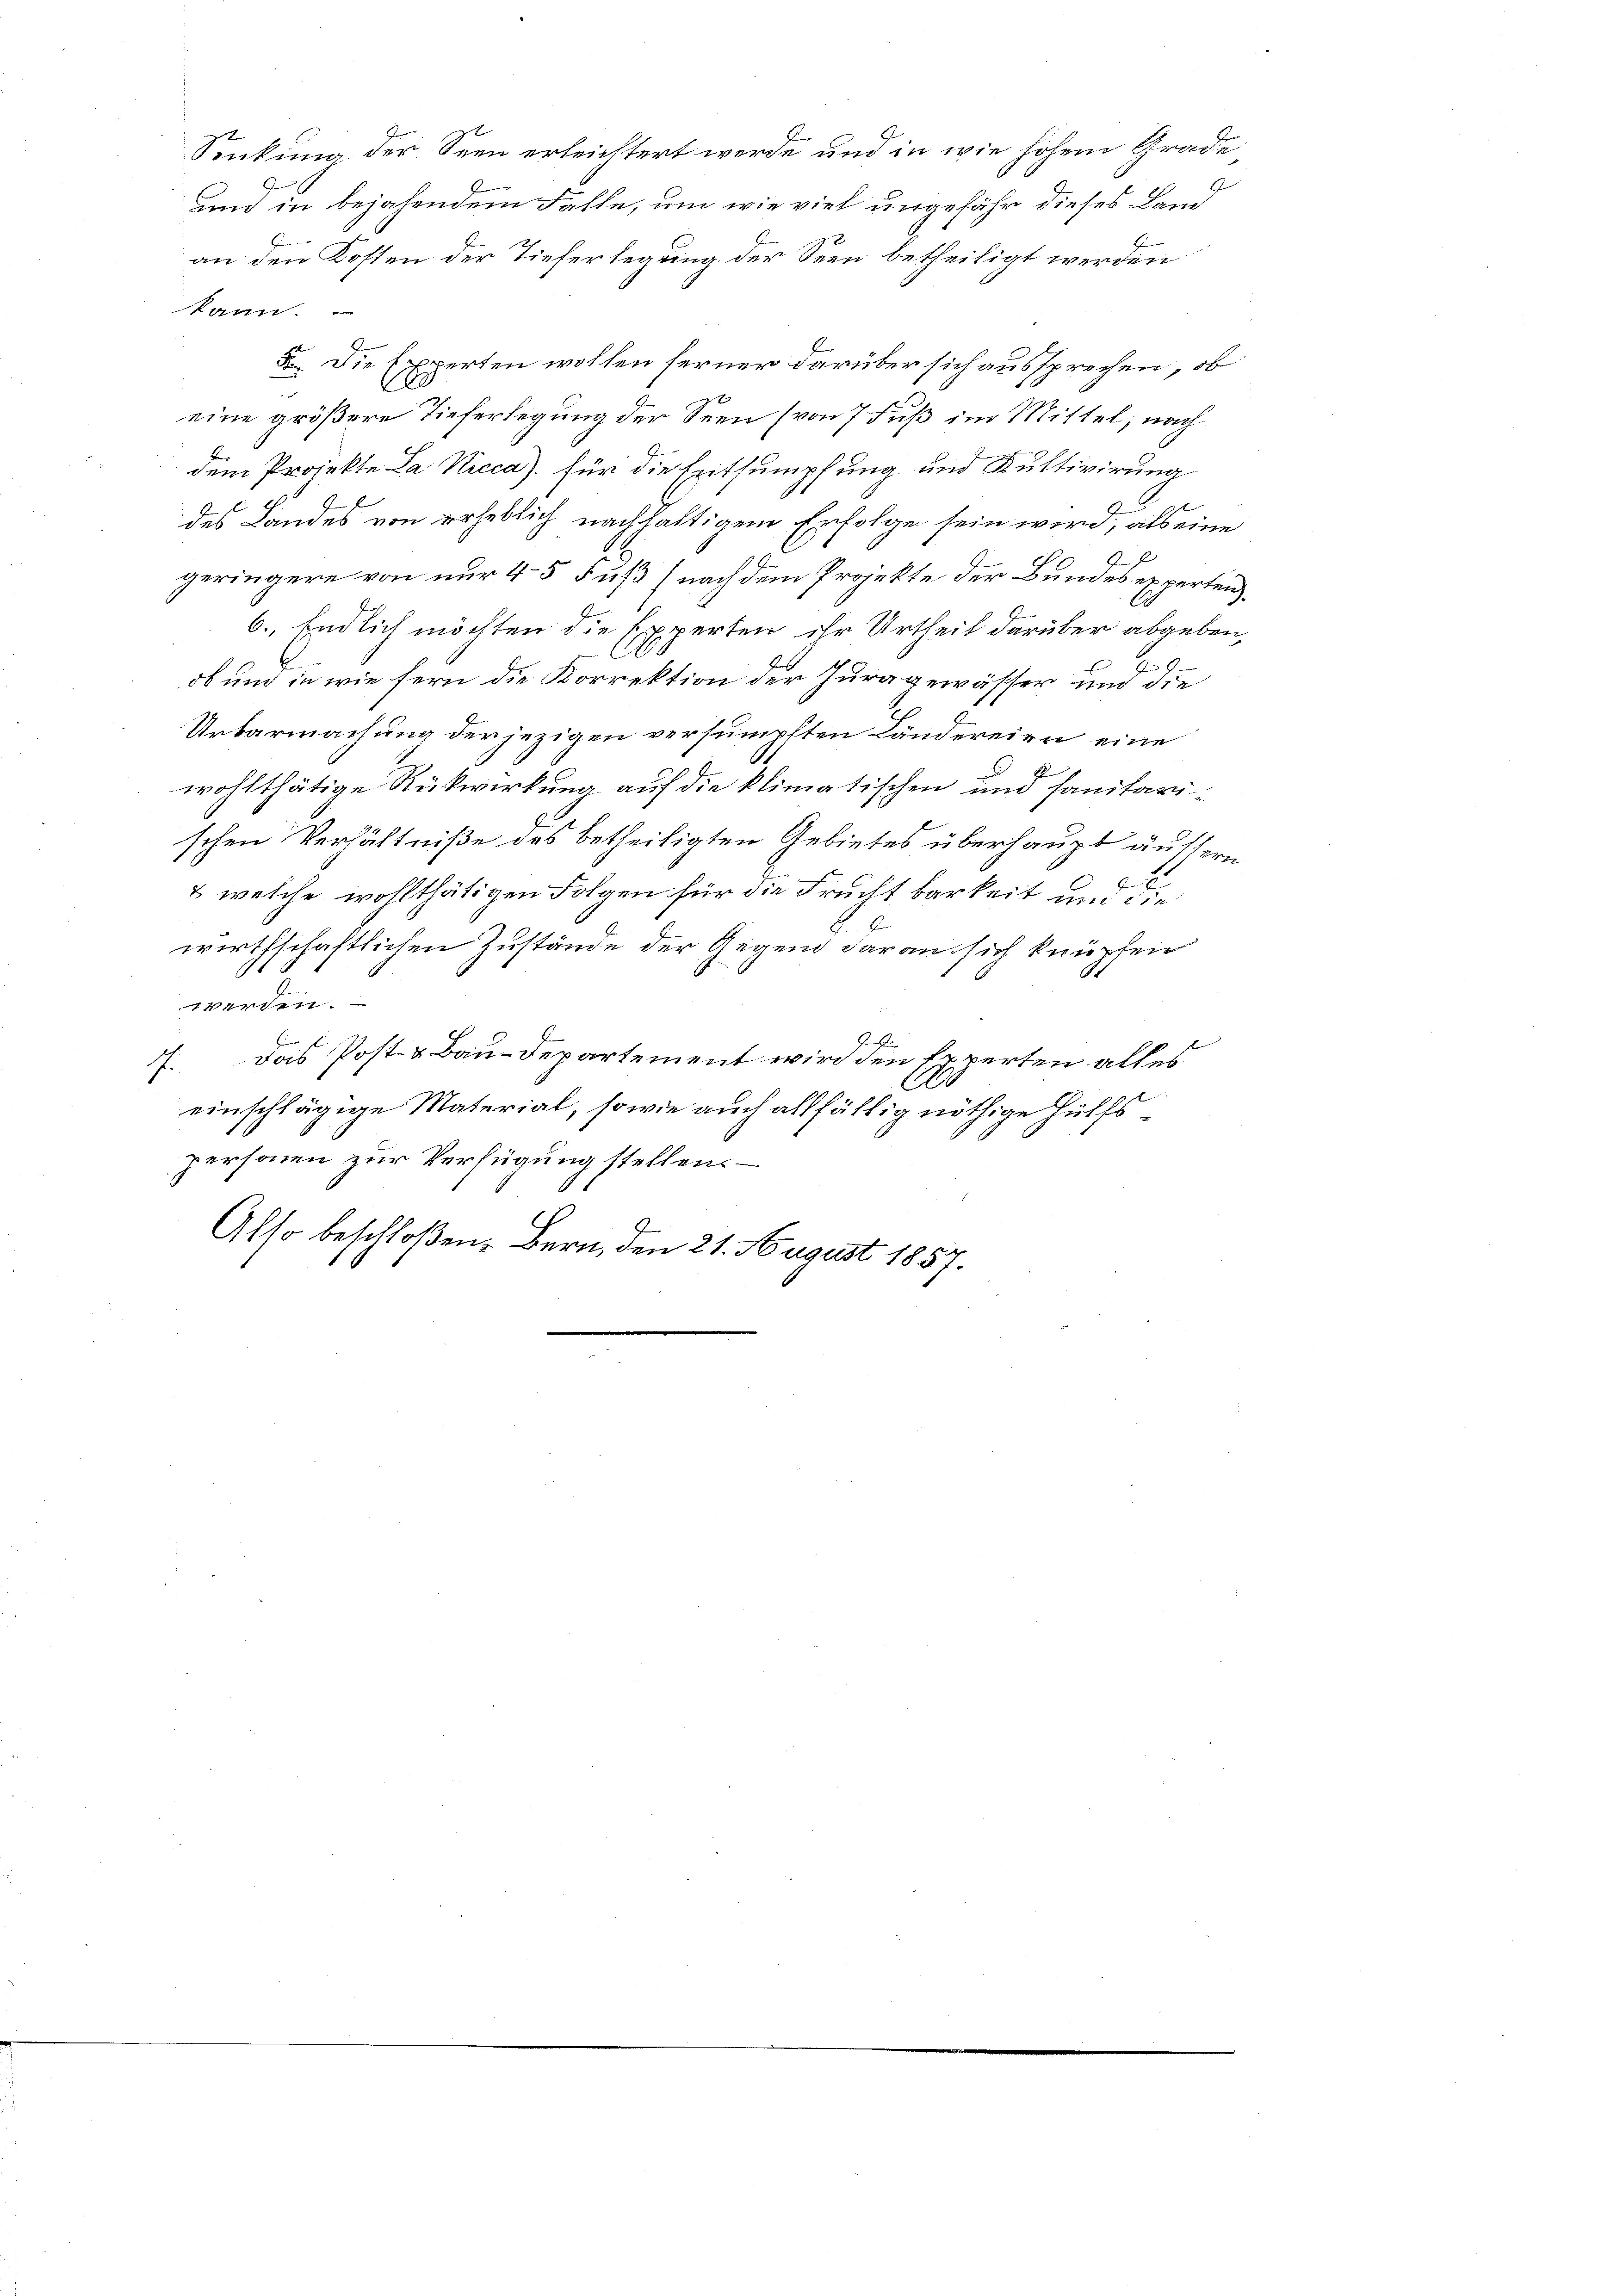
Senkung der Seen erleichtert werde und in wie hohem Grade
und in bejahendem Falle, um wie viel ungefähr dieses Land
kann.
. Die Experten wollen ferner darüber sich aussprechen, ob
eine größere Tieferlegung der Seen (von 7 Fuß im Mittel, nach
dem Projekte La Kicca) für die seitsumpfung und Kultivirung
A
des Landes von erheblich nachhaltigem Erfolge sein wird, als eine
2
geringere von nur 4–5 Fuß (nach dem Projekte der Bundes experten
i
6., Endlich möchten die Experten ihr Urtheil darüber abgeben,
H.
ob und in wie fern die Korrektion der Jura gewässer und die
Urbarmachung der jezigen versumpften Ländereien eine

wohlthätige Rückwirkung auf die klimatischen und sanitarischen Verhältniße des betheiligten Gebietes überhaupt äussern
 E
& welche wohlthätigen Folgen für die Fruchtbarkeit und die
wirthschaftlichen Zustände der Gegend daran sich knüpfen
werden.
Hiener f
das Post- & Bau-Departement wird den Experten alles
s.
A
einschlägige Material, sowie auch allfällig nöthige Hülfspersonen zur Verfügung stellen. –
Also beschloßen: Bern, den 21. August 1857.

an den Kosten der Tieferlegung der Seen betheiligt werden